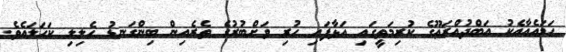
ހަމައެއާއެކު އަބްދުއްރަޢޫގެ ކުރިމަތީގައި އަޅާފައި ހުރި ވަށްބުރުގެ ތެރެއިން ބިންގަނޑު ހެލިލި ކަހަލައެވެ.